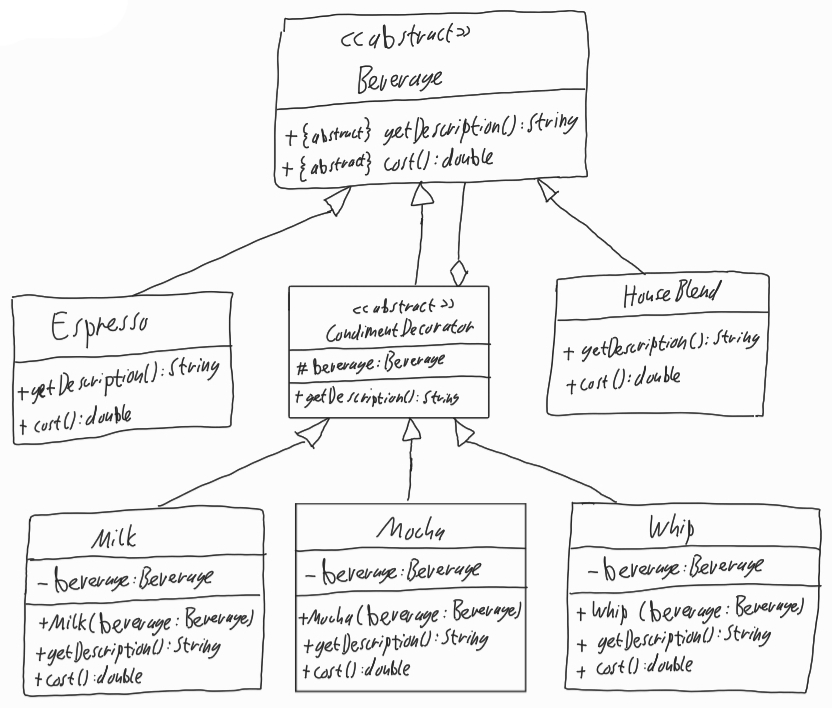
Diagram type: class_diagram
```plantuml
@startuml

abstract Beverage {
  + {abstract} getDescription(): String
  + {abstract} cost(): double
}

class Espresso extends Beverage {
  + getDescription(): String
  + cost(): double
}

abstract CondimentDecorator extends Beverage {
  # beverage: Beverage
  + getDescription(): String
}

class Milk extends CondimentDecorator {
  -  beverage: Beverage
  + Milk(beverage: Beverage)
  + getDescription(): String
  + cost(): double
}

class Mocha extends CondimentDecorator {
  -  beverage: Beverage
  + Mocha(beverage: Beverage)
  + getDescription(): String
  + cost(): double
}

class Whip extends CondimentDecorator {
  -  beverage: Beverage
  + Whip(beverage: Beverage)
  + getDescription(): String
  + cost(): double
}

class HouseBlend extends Beverage {
  + getDescription(): String
  + cost(): double
}

CondimentDecorator o-- Beverage

@enduml
```